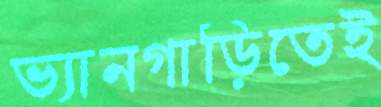
ভ্যানগাড়িতেই